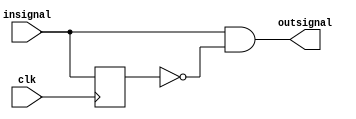
 module non_sync_edge_detector (input insignal, output reg outsignal, input clk);
	reg shift_reg=0;

	always @ (posedge clk)
	begin
          shift_reg <= insignal;		  
	end

	always @*
	begin
	       outsignal  =  insignal & !shift_reg;
	end
endmodule